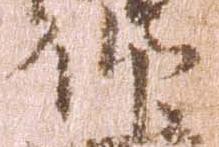
仰